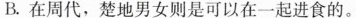
B.在周代，楚地男女则是可以在一起进食的。